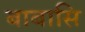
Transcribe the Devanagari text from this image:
बाबासि